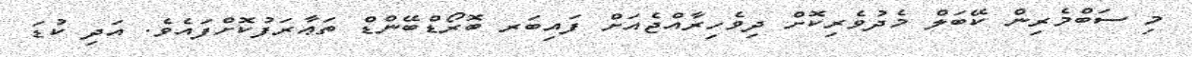
މި ސަބްމެރިން ކޭބަލް މެދުވެރިކޮށް ދިވެހިރާއްޖެއަށް ފައިބަރ ބޮރޯޑްބޭންޑް ތަޢާރަފުކޮށްފައެވެ. އަދި ކުޑަ